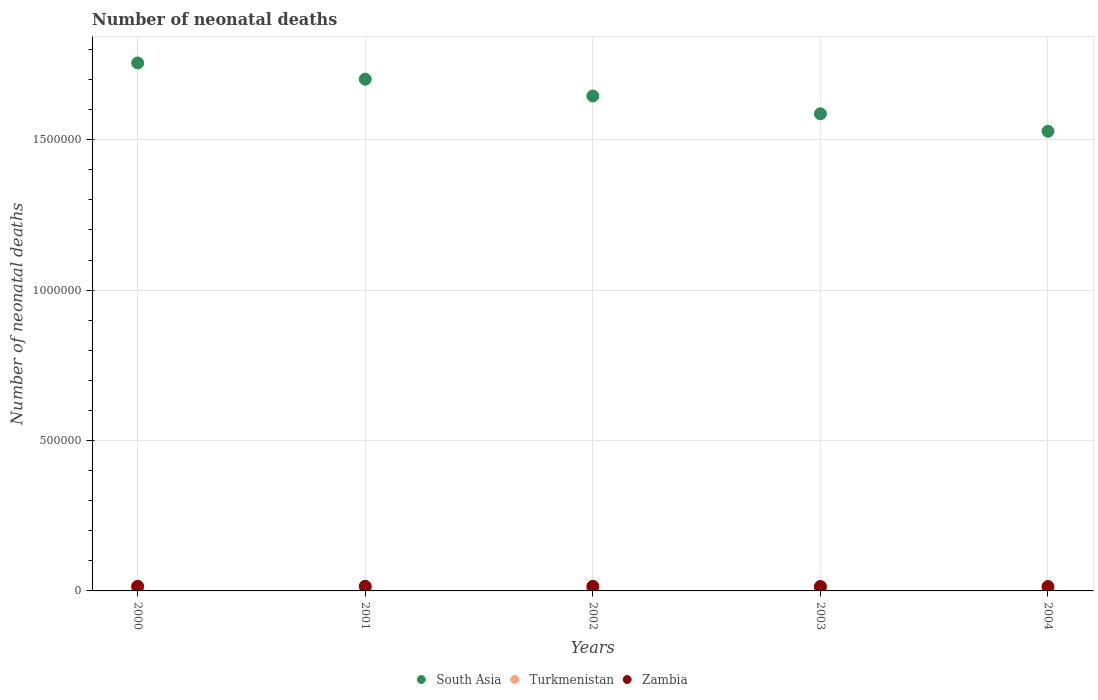
| Years | South Asia | Turkmenistan | Zambia |
 | --- | --- | --- | --- |
 | 2000 | 1.76e+06 | 2.74e+03 | 1.55e+04 |
 | 2001 | 1.7e+06 | 2.81e+03 | 1.55e+04 |
 | 2002 | 1.65e+06 | 2.98e+03 | 1.52e+04 |
 | 2003 | 1.59e+06 | 3.19e+03 | 1.48e+04 |
 | 2004 | 1.53e+06 | 3.34e+03 | 1.45e+04 |